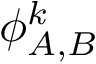
\phi _ { A , B } ^ { k }